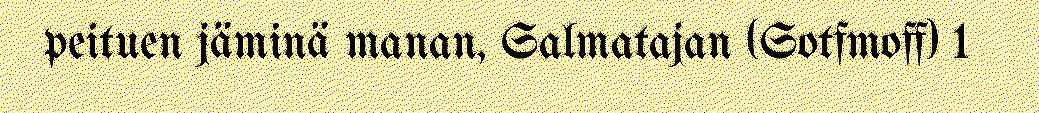
peituen jäminä manan, Salmatajan (Sotfmoff) 1